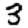
Digit: 3